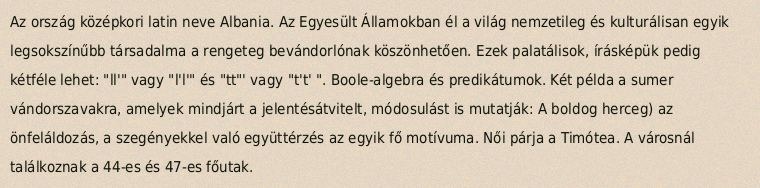
Az ország középkori latin neve Albania. Az Egyesült Államokban él a világ nemzetileg és kulturálisan egyik legsokszínűbb társadalma a rengeteg bevándorlónak köszönhetően. Ezek palatálisok, írásképük pedig kétféle lehet: "ll'" vagy "l'l'" és "tt"' vagy "t't' ". Boole-algebra és predikátumok. Két példa a sumer vándorszavakra, amelyek mindjárt a jelentésátvitelt, módosulást is mutatják: A boldog herceg) az önfeláldozás, a szegényekkel való együttérzés az egyik fő motívuma. Női párja a Timótea. A városnál találkoznak a 44-es és 47-es főutak.